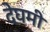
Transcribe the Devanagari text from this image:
देघमी